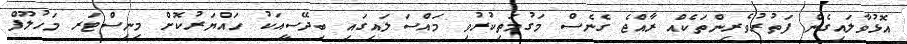
އޮޅުވާލައިގެން ފަތުރުވެރިންތަކެއް ރާއްޖެ ގެނެސް މަގުމަތިކުރުވި މައްސަލައިގައި ބިދޭސީއަކު ހައްޔަރުކޮށް މިނިސްޓަރ މަހުލޫފް